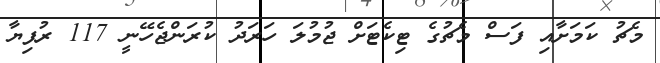
މެޗު ކަމަށާއި ފަސް މެޗުގެ ޓިކެޓަށް ޖުމުލަ ހަރަދު ކުރަންޖެހޭނީ 117 ރުފިޔާ